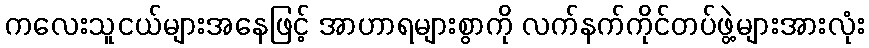
ကလေးသူငယ်များအနေဖြင့် အာဟာရများစွာကို လက်နက်ကိုင်တပ်ဖွဲ့များအားလုံး